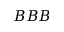
B B B